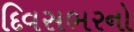
દિવસભરનો